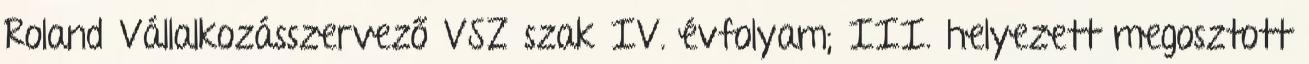
Roland Vállalkozásszervező VSZ szak IV. évfolyam; III. helyezett megosztott